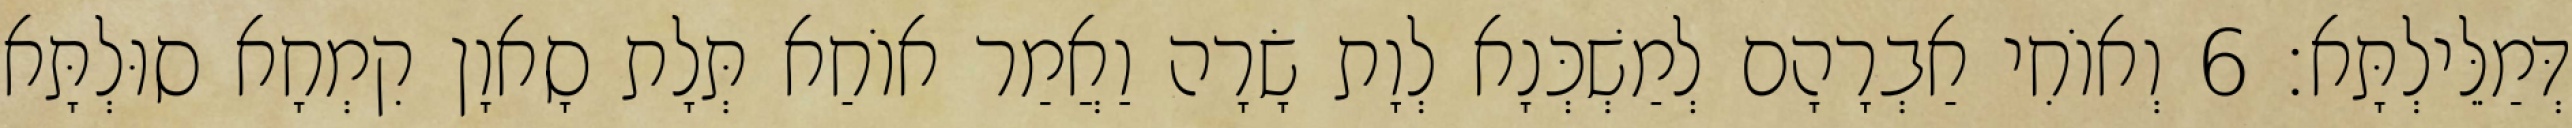
דְּמַלֵּילְתָּא׃ 6 וְאוֹחִי אַבְרָהָם לְמַשְׁכְּנָא לְוָת שָׂרָה וַאֲמַר אוֹחַא תְּלָת סָאוָן קִמְחָא סוּלְתָּא